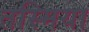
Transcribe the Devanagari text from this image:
तस्मिया